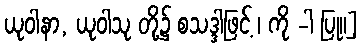
ယုဝါနာ, ယုဝါသု တို့၌ စသဒ္ဒါဖြင့် ၊ ကို -ါ ပြု။]